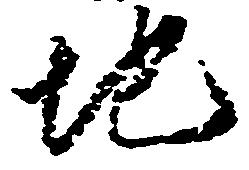
地